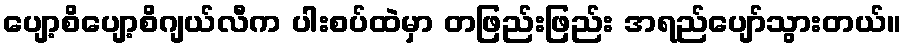
ပျော့စိပျော့စိဂျယ်လီက ပါးစပ်ထဲမှာ တဖြည်းဖြည်း အရည်ပျော်သွားတယ်။